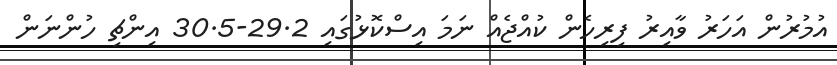
އުމުރުން އަހަރު ވާއިރު ފިރިހެން ކުއްޖެއް ނަމަ އިސްކޮޅުގައި 29.2-30.5 އިންޗި ހުންނަން